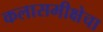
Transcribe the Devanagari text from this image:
कलासमीक्षेचा